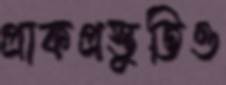
প্রাকপ্রস্তুতিও